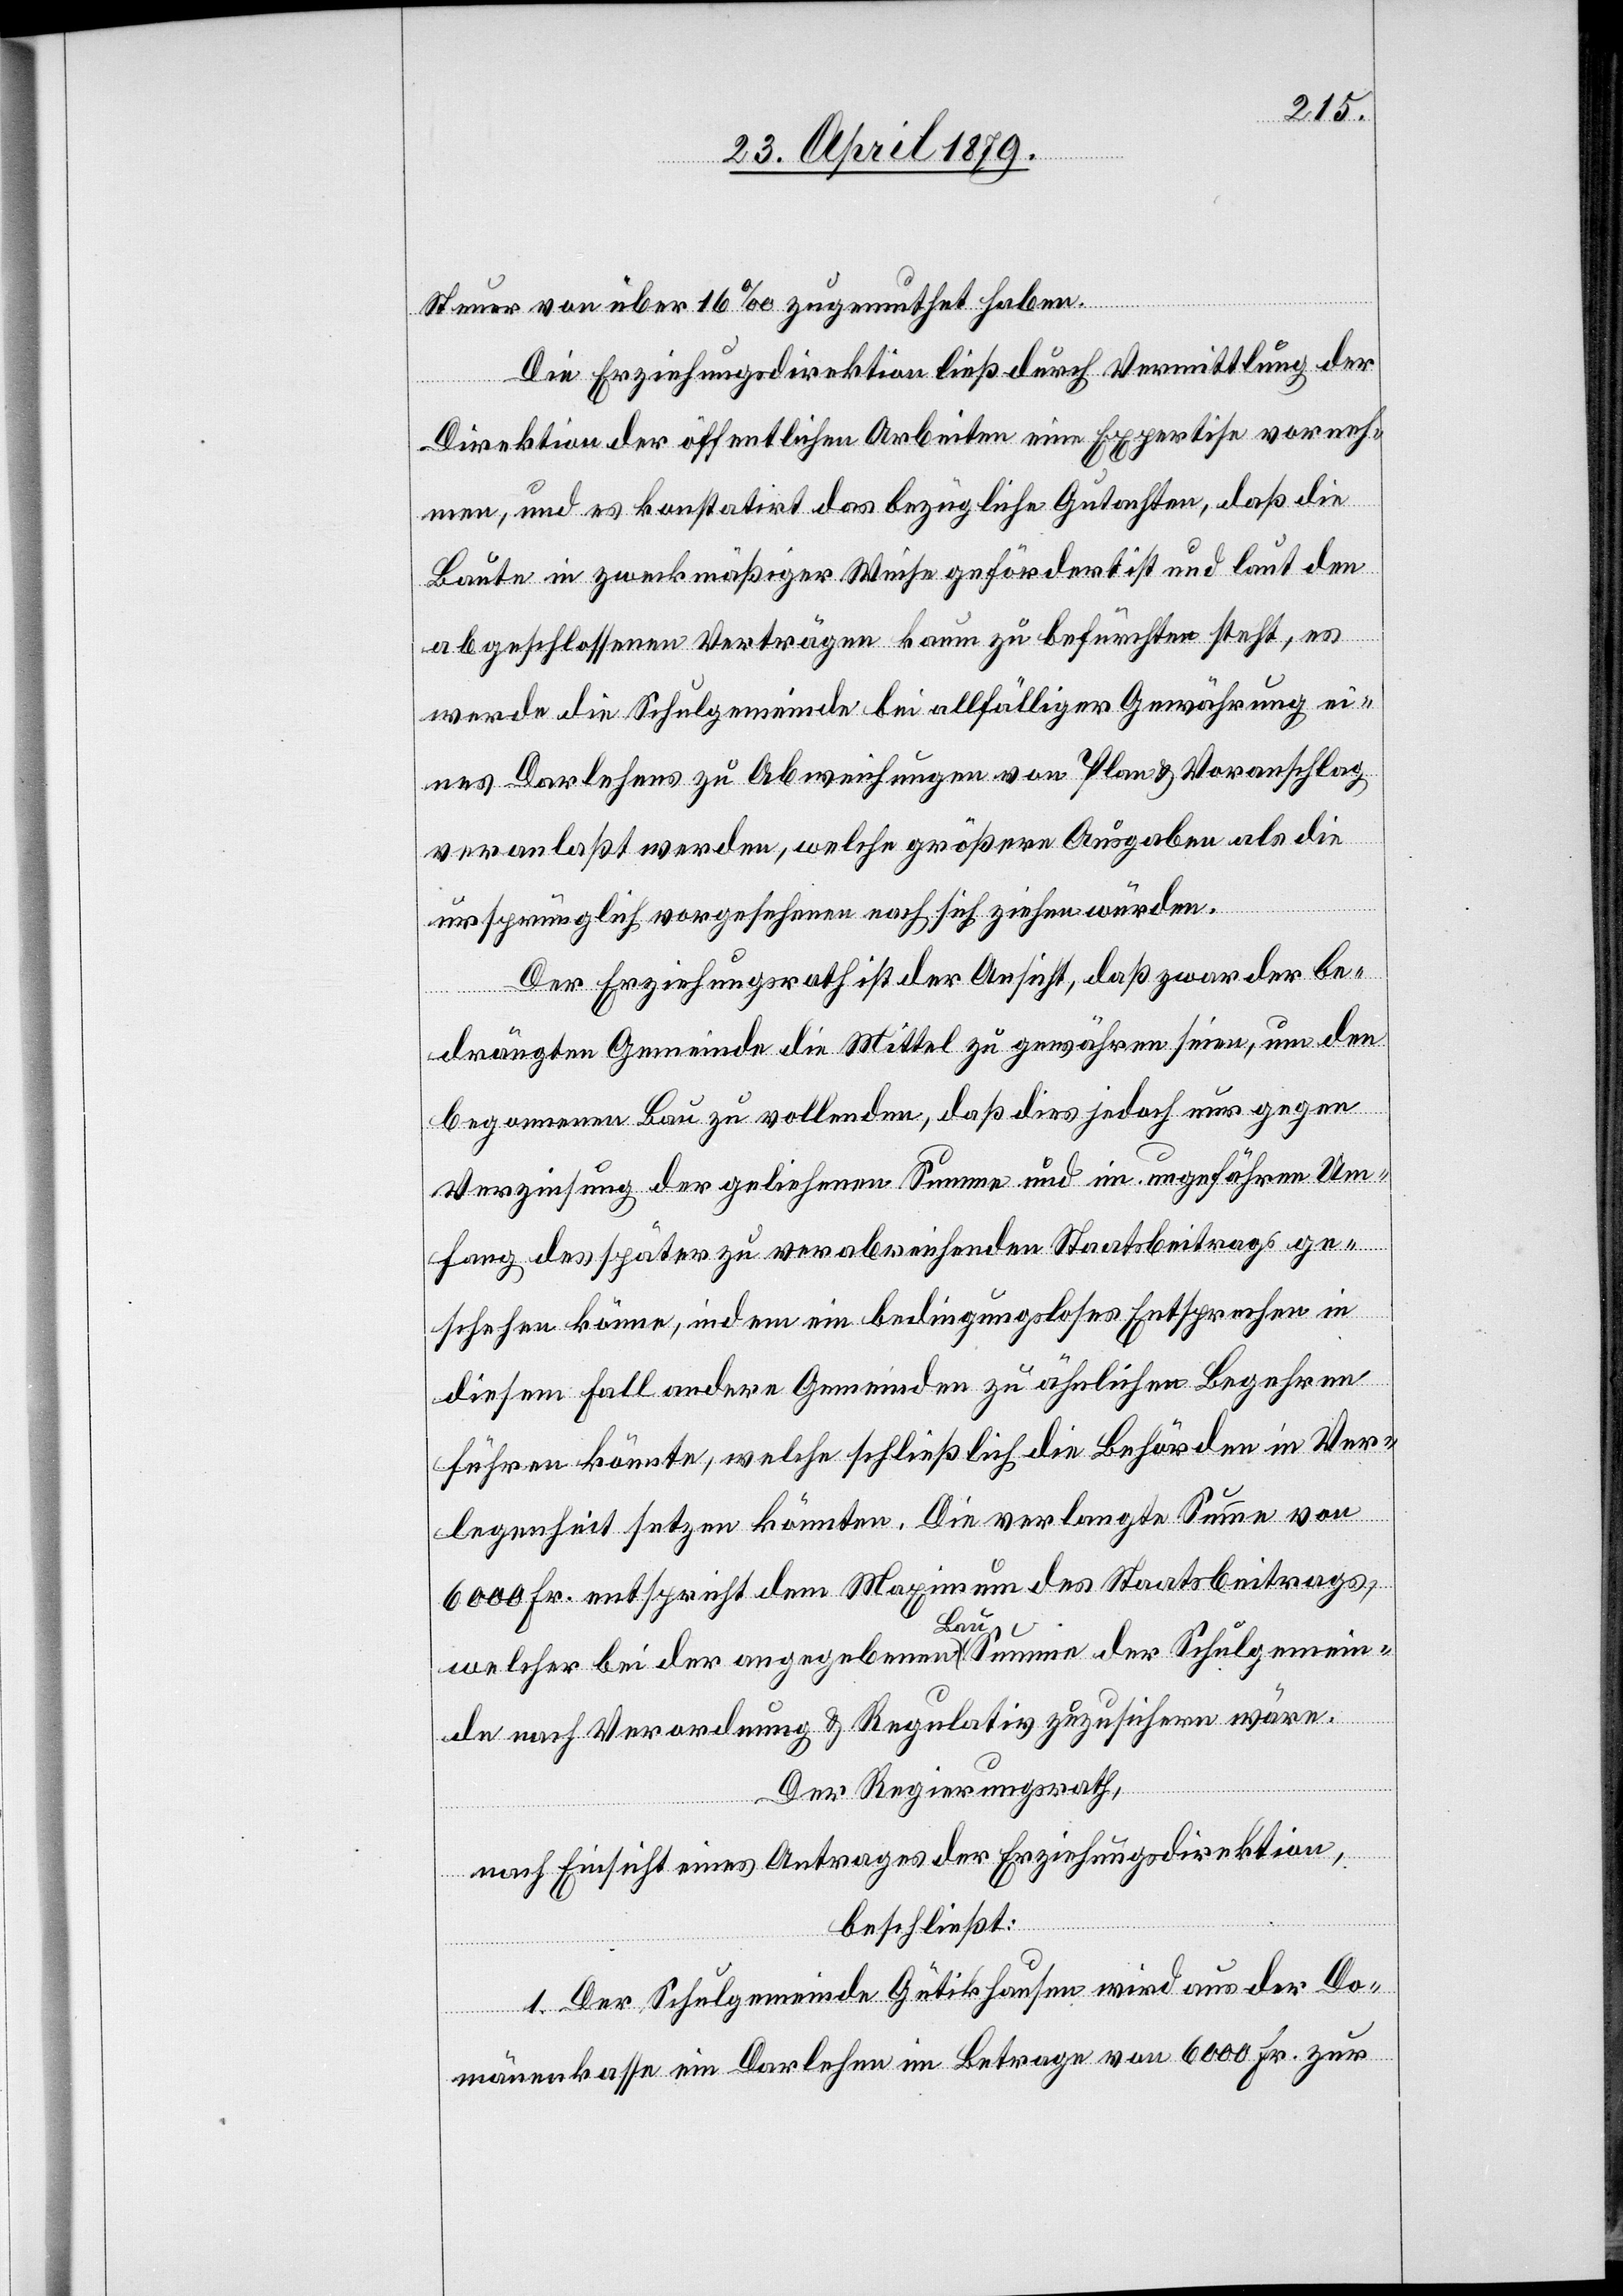
Steuer von über 16‰ zugemuthet haben.
Die Erziehungsdirektion ließ durch Vermittlung der
Direktion der öffentlichen Arbeiten eine Expertise vorneh¬
men, und es konstatirt das bezügliche Gutachten, daß die
Baute in zweckmäßiger Weise gefördert ist und laut den
abgeschlossenen Verträgen kaum zu befürchten steht, es
werde die Schulgemeinde bei allfälliger Gewährung ei¬
nes Darlehens zu Abweichungen von Plan & Voranschlag
veranlaßt werden, welche größere Ausgaben als die
ursprünglich vorgesehenen nach sich ziehen würden.
Der Erziehungsrath ist der Ansicht, daß zwar der be¬
drängten Gemeinde die Mittel zu gewähren seien, um den
begonnenen Bau zu vollenden, daß dies jedoch nur gegen
Verzinsung der geliehenen Summe und im ungefähren Um¬
fang des später zu verabreichenden Staatsbeitrags ge¬
schehen könne, indem ein bedingungsloses Entsprechen in
diesem Fall andere Gemeinden zu ähnlichen Begehren
führen könnte, welche schließlich die Behörden in Ver¬
legenheit setzen könnten. Die verlangte Summe von
6000 Fr. entspricht dem Maximum des Staatsbeitrags,
welcher bei der angegebenen Bausumme der Schulgemein¬
de nach Verordnung & Regulativ zuzusichern wäre.
Der Regierungsrath,
nach Einsicht eines Antrages der Erziehungsdirektion,
beschließt:
1. Der Schulgemeinde Gütikhausen wird aus der Do¬
mänenkasse ein Darlehen im Betrage von 6000 Fr. zur